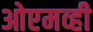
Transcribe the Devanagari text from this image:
ओएमव्ही